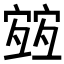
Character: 𡪀